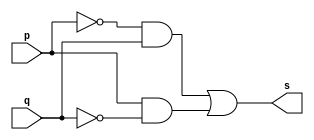
// ------------------------- 
// Exercicio0006 - XOR	
// Nome: Rodrigo Arruda de Assis 
// ------------------------- 

// --------------------- 
// -- xor gate 
// --------------------- 
	module xorgate (output  s, 
	input  p, 
	input  q); 
	assign s = ~p & q |p & ~q; 
endmodule // xor 

// --------------------- 
// -- test xorgate 
// --------------------- 
	module testxorgate; 

// ------------------------- dados locais 
	reg  a,b; // definir registrador 
	wire  s; // definir conexao (fio) 

// ------------------------- instancia 
	xorgate XOR1 (s, a, b); 

// ------------------------- preparacao 
	initial begin:start 
	a=0; // 4 valores binarios 
	b=0; // 4 valores binarios 
end 

// ------------------------- parte principal 
	initial begin:main 
	$display("Exercicio0006 - Rodrigo Arruda de Assis - 427460"); 
	$display("Test xor gate"); 
	$display("\n ~a & b |a & ~b = s\n"); 
	$monitor("%b ^ %b = %b", a, b, s); 
		#1 a=0; b=0; 
		#1 a=0; b=1;  
		#1 a=1; b=0;  
		#1 a=1; b=1; 
		end 
endmodule // testxorgate